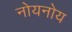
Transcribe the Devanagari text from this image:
नोयनोय